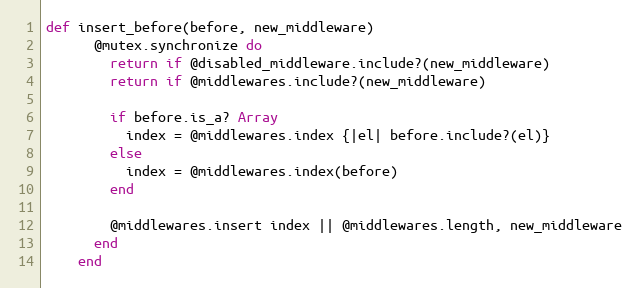
Language: Ruby
def insert_before(before, new_middleware)
      @mutex.synchronize do
        return if @disabled_middleware.include?(new_middleware)
        return if @middlewares.include?(new_middleware)

        if before.is_a? Array
          index = @middlewares.index {|el| before.include?(el)}
        else
          index = @middlewares.index(before)
        end

        @middlewares.insert index || @middlewares.length, new_middleware
      end
    end